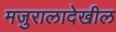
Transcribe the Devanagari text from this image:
मजुरालादेखील